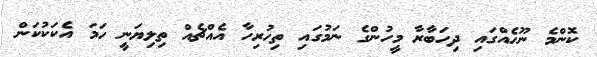
ކޮންމެ ނޫހެއްގައި ދިހަބާރާ މީހުންގެ ނަމުގައި ތިހުރިހާ އެއްޗެއް ތިލިޔަނީ ހަމަ އެކަކުކަން